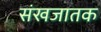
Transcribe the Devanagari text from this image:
संखजातक